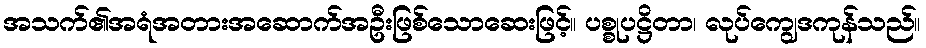
အသက်၏အရံအတားအဆောက်အဦးဖြစ်သောဆေးဖြင့်။ ပစ္စုပဋ္ဌိတာ၊ လုပ်ကျွေဒကုန်သည်။